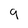
Character: 9